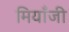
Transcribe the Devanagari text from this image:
मियाँजी